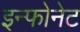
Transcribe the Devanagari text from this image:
इन्फोनेट